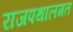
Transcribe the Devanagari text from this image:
राजपथालगत